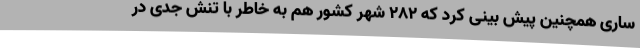
ساری همچنین پیش بینی کرد که ۲۸۲ شهر کشور هم به خاطر با تنش جدی در